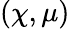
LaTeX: (\chi,\mu)